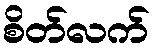
စိတ်လက်